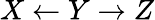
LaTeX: X\leftarrow Y\rightarrow Z